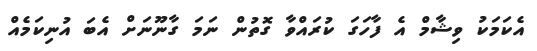
އެކަމަކު ވިޝާމް އެ ފާހަގަ ކުރައްވާ ގޮތުން ނަމަ ގާނޫނަށް އެބަ އުނިކަމެއް